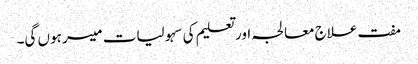
مفت علاج معالجہ اور تعلیم کی سہولیات میسر ہوں گی۔